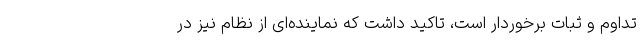
تداوم و ثبات برخوردار است، تاکید داشت که نماینده‌ای از نظام نیز در